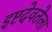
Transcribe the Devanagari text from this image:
इष्टदेवतेला